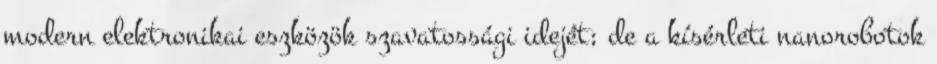
modern elektronikai eszközök szavatossági idejét; de a kísérleti nanorobotok